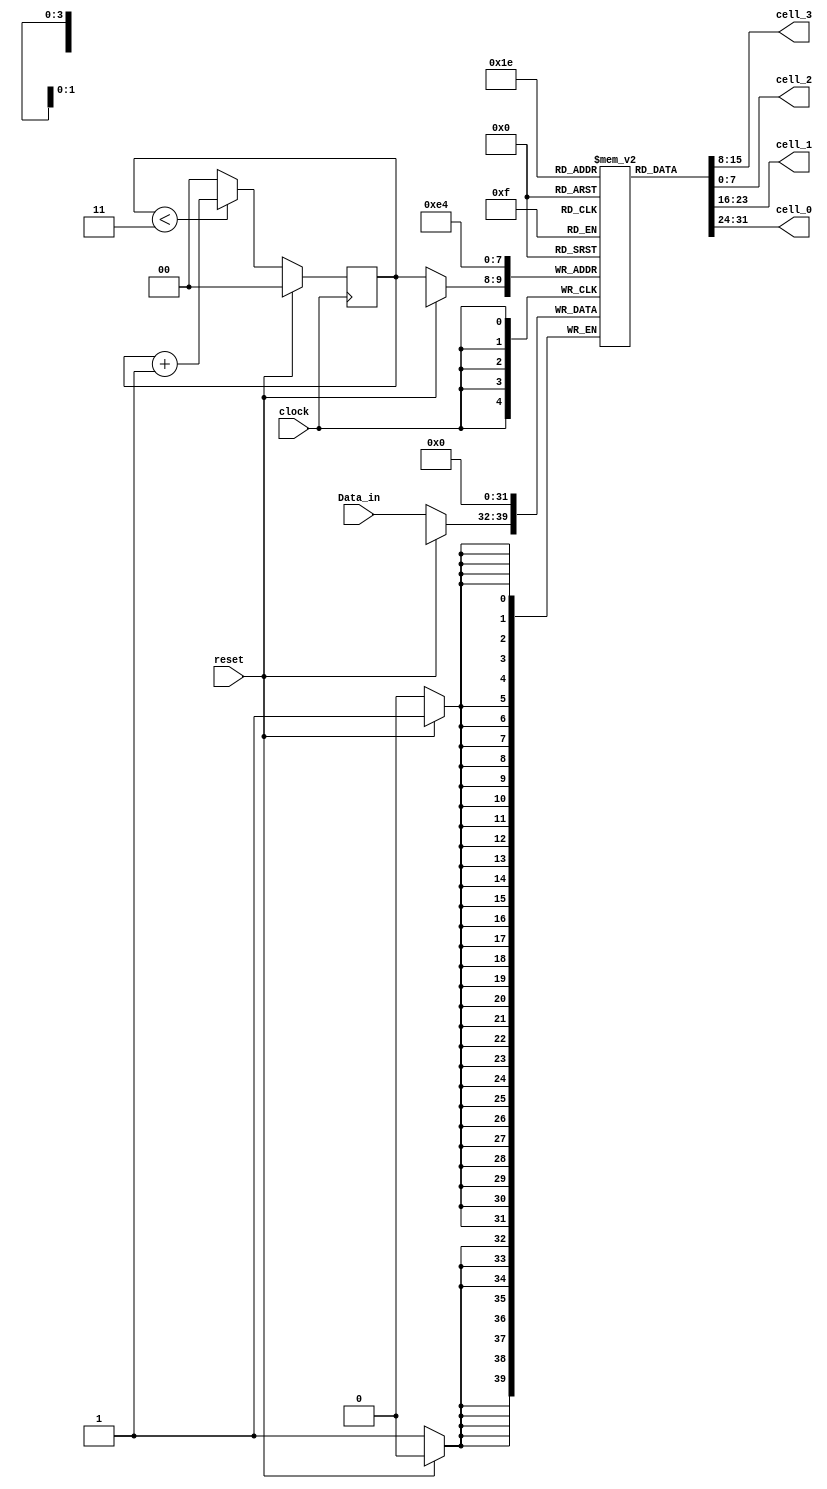

module Circular_Buffer_2 (cell_3, cell_2, cell_1, cell_0, Data_in, clock, reset);
  parameter 	buff_size = 4;
  parameter 	word_size = 8;
  output		[word_size-1: 0]	cell_3, cell_2, cell_1, cell_0;
  input		[word_size-1: 0] Data_in;
  input		clock, reset;
  reg			[word_size-1: 0] Buff_Array [buff_size-1: 0];
  assign		cell_3 = Buff_Array[3], cell_2 = Buff_Array[2];
  assign		cell_1 = Buff_Array[1], cell_0 = Buff_Array[0];
  integer 	k;
  parameter 	write_ptr_width = 2;    			// Width of write pointer  
  parameter	max_write_ptr = 3;
  reg 		[write_ptr_width -1 : 0]  	write_ptr;  	// Pointer for writing 

  always @ (posedge clock) begin
    if (reset == 1 ) begin
      write_ptr <= 0;
      for (k = 0; k <= buff_size-1; k = k+1) Buff_Array[k] <= 0;
    end
    else begin
      Buff_Array[write_ptr] <= Data_in;
      if (write_ptr < max_write_ptr) write_ptr <= write_ptr + 1; else write_ptr <= 0;
    end
    end
endmodule